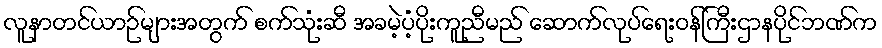
လူနာတင်ယာဉ်များအတွက် စက်သုံးဆီ အခမဲ့ပံ့ပိုးကူညီမည် ဆောက်လုပ်ရေးဝန်ကြီးဌာနပိုင်ဘဏ်က